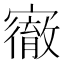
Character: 𡫠